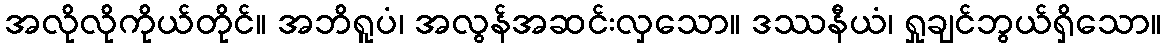
အလိုလိုကိုယ်တိုင်။ အဘိရူပံ၊ အလွန်အဆင်းလှသော။ ဒဿနီယံ၊ ရှုချင်ဘွယ်ရှိသော။